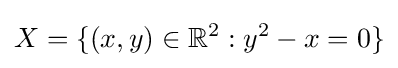
X=\{(x,y)\in \mathbb {R} ^{2}:y^{2}-x=0\}